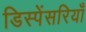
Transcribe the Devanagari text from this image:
डिस्पेंसरियाँ